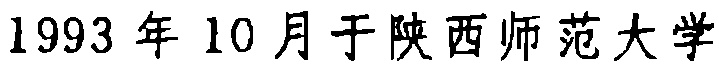
1993年10月于陕西师范大学